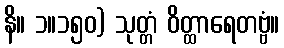
နိ။ ၁။၁၅၀) သုတ္တံ ဝိတ္ထာရေတဗ္ဗံ။